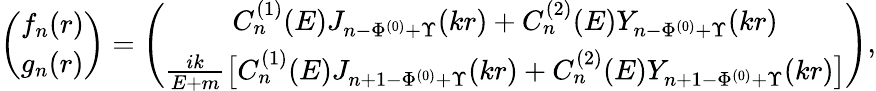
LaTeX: \left(\begin{array}{l}{{f_{n}(r)}}\\ {{g_{n}(r)}}\end{array}\right)=\left(\begin{array}{c}{{C_{n}^{(1)}(E)J_{n-\Phi^{(0)}+\Upsilon}(kr)+C_{n}^{(2)}(E)Y_{n-\Phi^{(0)}+\Upsilon}(kr)}}\\ {{{\frac{ik}{E+m}}\bigl[C_{n}^{(1)}(E)J_{n+1-\Phi^{(0)}+\Upsilon}(kr)+C_{n}^{(2)}(E)Y_{n+1-\Phi^{(0)}+\Upsilon}(kr)\bigr]}}\end{array}\right),